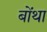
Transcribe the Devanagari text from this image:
बोंथा